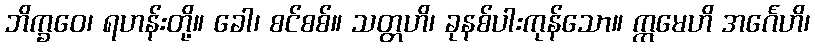
ဘိက္ခဝေ၊ ရဟန်းတို့။ ခေါ၊ စင်စစ်။ သတ္တဟိ၊ ခုနစ်ပါးကုန်သော။ ဣမေဟိ အင်္ဂေဟိ၊